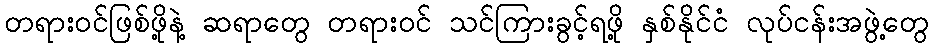
တရားဝင်ဖြစ်ဖို့နဲ့ ဆရာတွေ တရားဝင် သင်ကြားခွင့်ရဖို့ နှစ်နိုင်ငံ လုပ်ငန်းအဖွဲ့တွေ